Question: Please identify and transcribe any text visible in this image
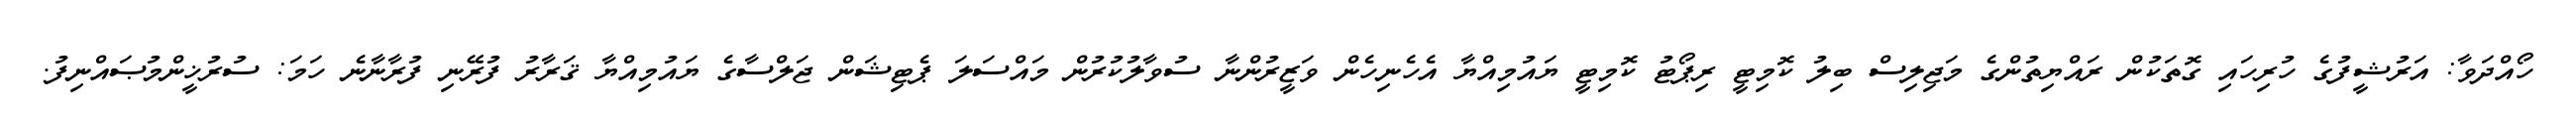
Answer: ހޯއްދަވާ: އަރުޝީފުގެ ހުރިހައި ގޮތަކުން ރައްޔިތުންގެ މަޖިލިސް ބިލު ކޮމިޓީ ރިޕޯޓު ކޮމިޓީ ޔައުމިއްޔާ އެހެނިހެން ވަޒީރުންނާ ސުވާލުކުރުން މައްސަލަ ޕެޓިޝަން ޖަލްސާގެ ޔައުމިއްޔާ ޤަރާރު ފުރޭނި ފުރާނާނެ ހަމަ: ސުރުޚީންމުޞައްނިފު.